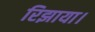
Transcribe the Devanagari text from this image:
रिझाया।